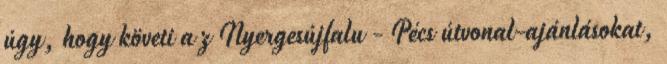
úgy, hogy követi a z Nyergesújfalu - Pécs útvonal-ajánlásokat,